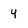
Character: 4